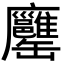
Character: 𦉨